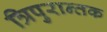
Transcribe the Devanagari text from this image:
त्रिपुरान्तक